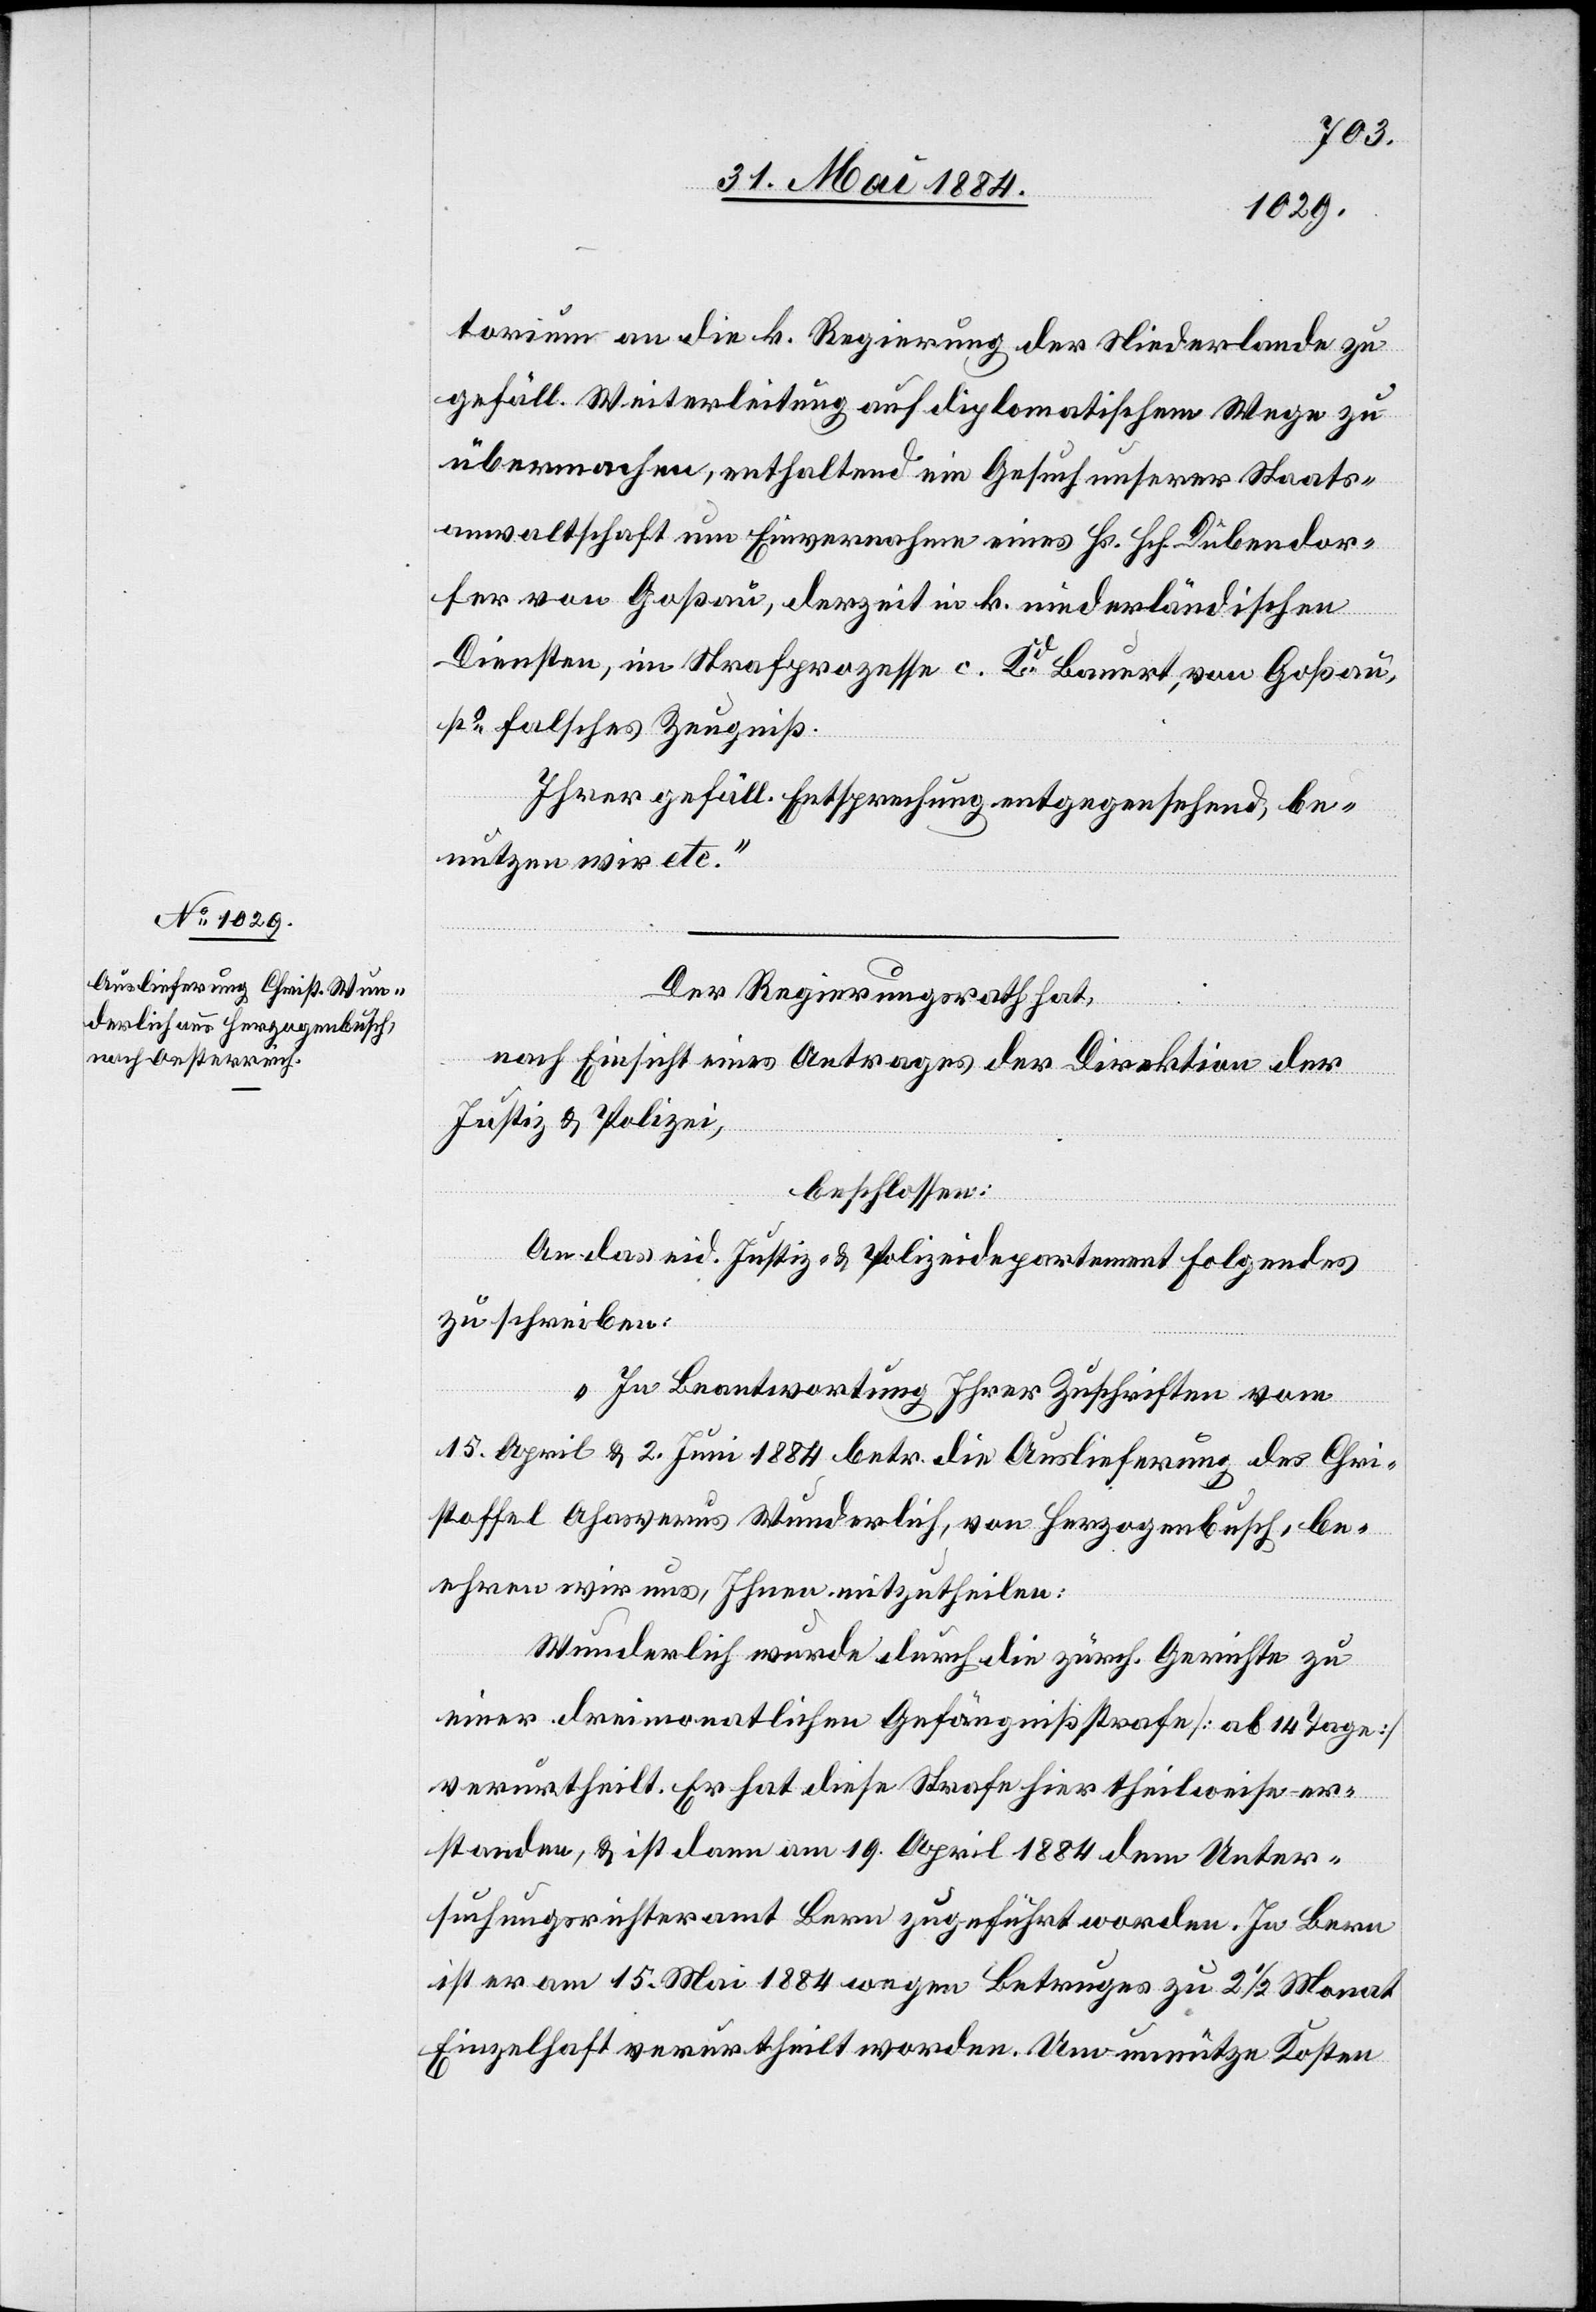
05.
1884.]
torium an die k. Regierung der Niederlande zu
gefäll. Weiterleitung auf diplomatischem Wege zu
übermachen, enthaltend ein Gesuch unserer Staats¬
anwaltschaft um Einvernahme eins Hs. Hch. Dübendor¬
fer von Goßau, derzeit in k. niederländischen
Diensten, im Strafprozesse c. Kd Bauert, von Goßau,
po falsches Zeugniß.
Ihrer gefäll. Entsprechung entgegensehend, be¬
nutzen wir etc.“
Der Regierungsrath hat,
nach Einsicht eines Antrages der Direktion der
Justiz & Polizei,
beschlossen:
Juni
An das eid. Justiz- & Polizeidepartement folgendes
zu schreiben:
„In Beantwortung Ihrer Zuschriften vom
15. April & 2. Juni 1884 betr. die Auslieferung des Chri¬
stoffel Ahasverus Wunderlich, von Herzogenbusch, be¬
ehren wir uns, Ihnen mitzutheilen:
Wunderlich wurde durch die zürch. Gerichte zu
einer dreimonatlichen Gefängnißstrafe [ab 14 Tage]
verurtheilt. Er hat diese Strafe hier theilweise er¬
standen, & ist dann am 19. April 1884 dem Unter¬
suchungsrichteramt Bern zugeführt worden. In Bern
ist er am 15. Mai 1884 wegen Betruges zu 2 1/2 Monat[en]
Einzelhaft verurtheilt worden. Um unnütze Kosten